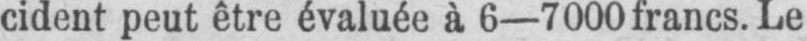
cident peut être évaluée à 6-7000francs. Le